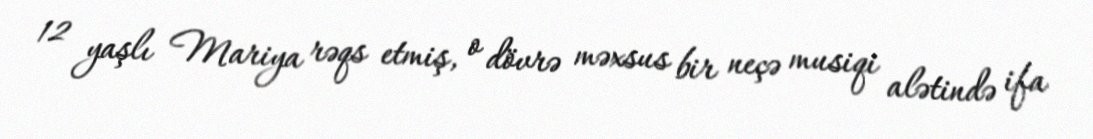
12 yaşlı Mariya rəqs etmiş, o dövrə məxsus bir neçə musiqi alətində ifa